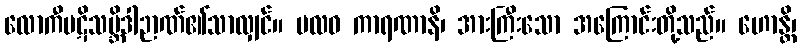
လောကီပဋိသမ္ဘိဒါဉာဏ်၏သာလျှင်။ ဗလဝ ကာရဏာနိ၊ အားကြီးသော အကြောင်းတို့သည်။ ဟောန္တိ၊